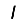
Digit: 1